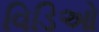
વિડિઓ